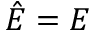
{ \hat { E } } = E \,